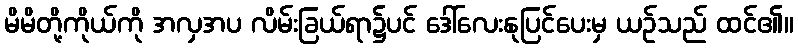
မိမိတို့ကိုယ်ကို အလှအပ လိမ်းခြယ်ရာ၌ပင် ဒေါ်လေးနုပြင်ပေးမှ ယဉ်သည် ထင်၏။